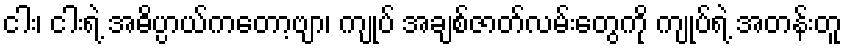
ငါး၊ ငါးရဲ့ အဓိပ္ပာယ်ကတော့ဗျာ၊ ကျုပ် အချစ်ဇာတ်လမ်းတွေကို ကျုပ်ရဲ့ အတန်းတူ